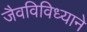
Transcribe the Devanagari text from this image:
जैवविविध्याने